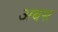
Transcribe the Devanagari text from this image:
अबस